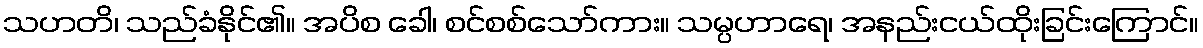
သဟတိ၊ သည်ခံနိုင်၏။ အပိစ ခေါ၊ စင်စစ်သော်ကား။ သမ္ပဟာရေ၊ အနည်းငယ်ထိုးခြင်းကြောင်။